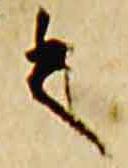
之